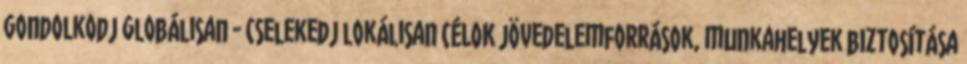
gondolkodj globálisan - cselekedj lokálisan CÉLOK jövedelemforrások, munkahelyek biztosítása